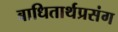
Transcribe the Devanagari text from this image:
बाधितार्थप्रसंग